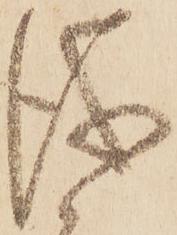
儀